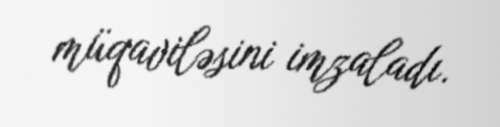
müqaviləsini imzaladı.